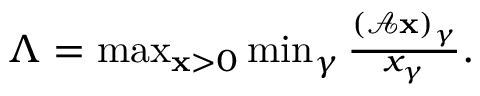
\begin{array} { r } { \Lambda = \operatorname* { m a x } _ { { \bf x } > 0 } \operatorname* { m i n } _ { \gamma } \frac { { ( \mathcal { A } { \bf x } ) } _ { \gamma } } { x _ { \gamma } } . } \end{array}